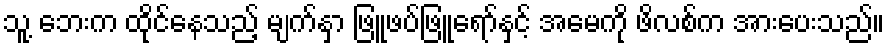
သူ့ ဘေးက ထိုင်နေသည့် မျက်နှာ ဖြူဖပ်ဖြူရော်နှင့် အမေကို ဖိလစ်က အားပေးသည်။